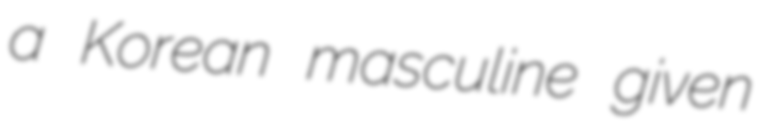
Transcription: a Korean masculine given